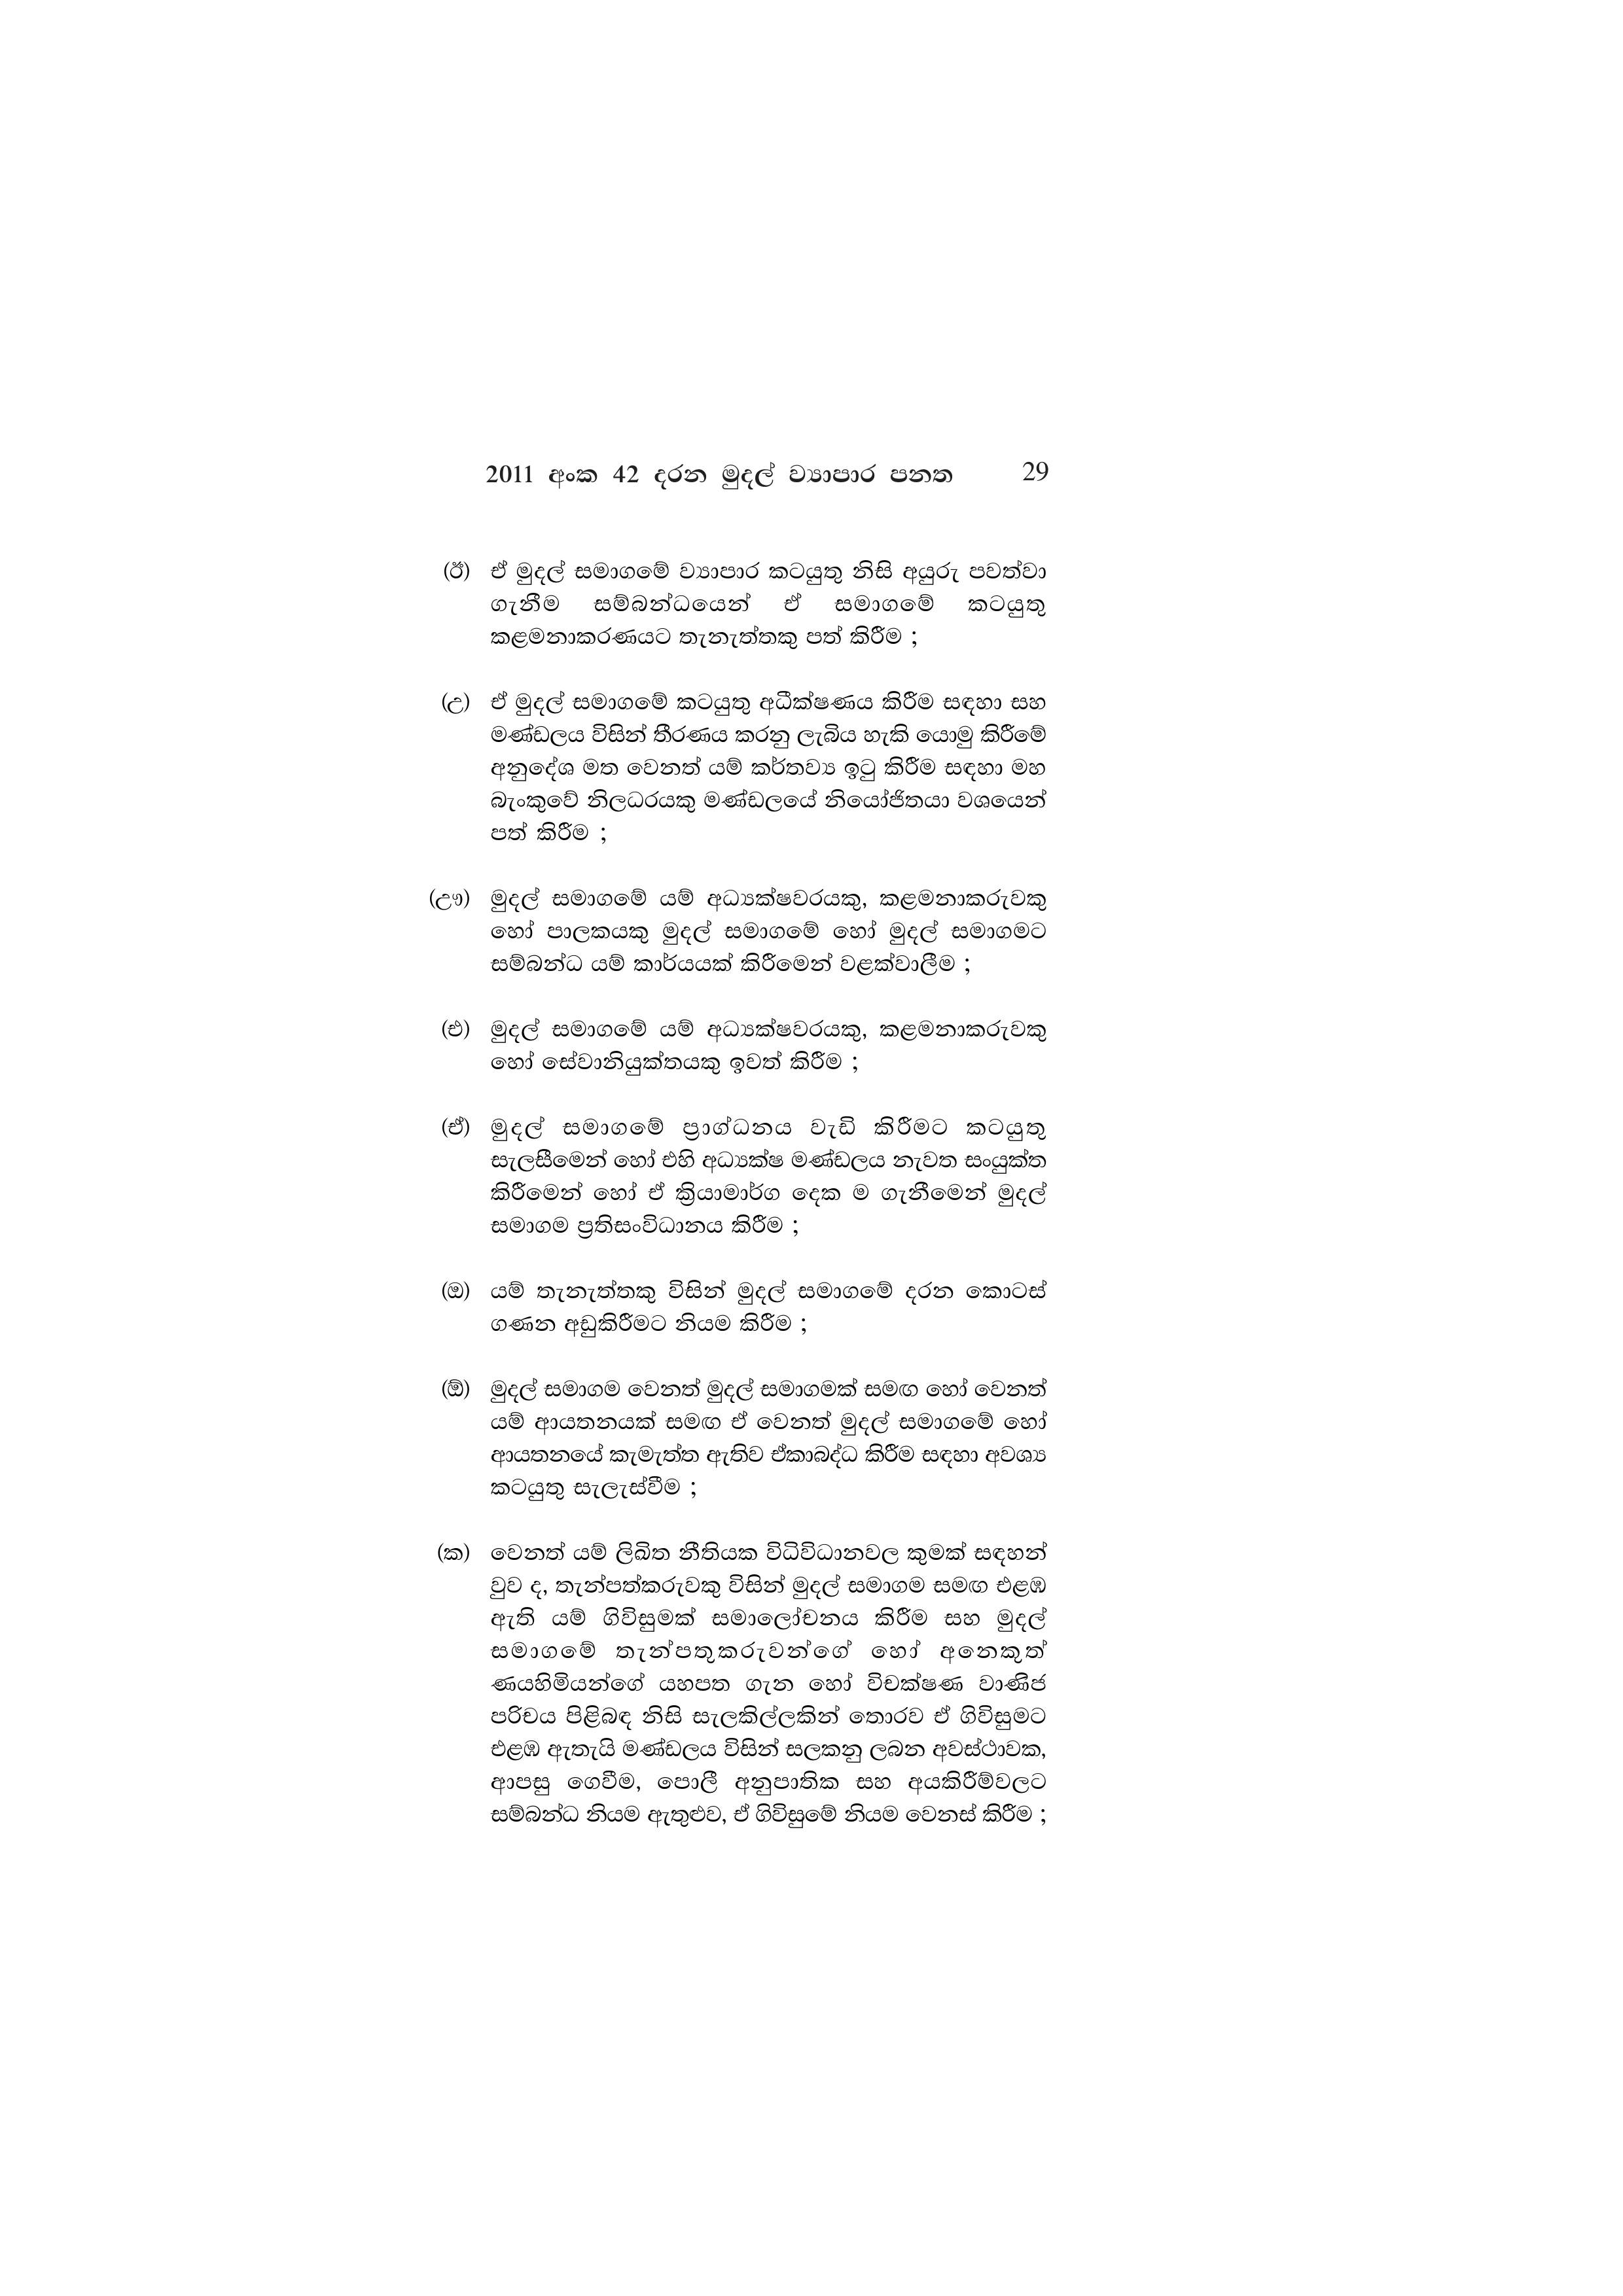
2011 අංක 42 දරන මුදල් ව්‍යාපාර පනත 29

(ඊ) ඒ මුදල් සමාගමේ ව්‍යාපාර කටයුතු නිසි අයුරු පවත්වා
ගැනීම සම්බන්ධයෙන් ඒ සමාගමේ කටයුතු
කළමනාකරණයට තැනැත්තකු පත් කිරීම ;

(උ) ඒ මුදල් සමාගමේ කටයුතු අධීක්ෂණය කිරීම සඳහා සහ
මණ්ඩලය විසින් තීරණය කරනු ලැබිය හැකි යොමු කිරීමේ
අනුදේශ මත වෙනත් යම් කර්තව්‍ය ඉටු කිරීම සඳහා මහ
බැංකුවේ නිලධරයකු මණ්ඩලයේ නියෝජිතයා වශයෙන්
පත් කිරීම ;

(ඌ) මුදල් සමාගමේ යම් අධ්‍යක්ෂවරයකු, කළමනාකරුවකු
හෝ පාලකයකු මුදල් සමාගමේ හෝ මුදල් සමාගමට
සම්බන්ධ යම් කාර්යයක් කිරීමෙන් වළක්වාලීම ;

(එ) මුදල් සමාගමේ යම් අධ්‍යක්ෂවරයකු, කළමනාකරුවකු
හෝ සේවානියුක්තයකු ඉවත් කිරීම ;

(ඒ) මුදල් සමාගමේ ප්‍රාග්ධනය වැඩි කිරීමට කටයුතු
සැලසීමෙන් හෝ එහි අධ්‍යක්ෂ මණ්ඩලය නැවත සංයුක්ත
කිරීමෙන් හෝ ඒ ක්‍රියාමාර්ග දෙක ම ගැනීමෙන් මුදල්
සමාගම ප්‍රතිසංවිධානය කිරීම ;

යම් තැනැත්තකු විසින් මුදල් සමාගමේ දරන කොටස්
ගණන අඩුකිරීමට නියම කිරීම ;

(ඕ) මුදල් සමාගම වෙනත් මුදල් සමාගමක් සමඟ හෝ වෙනත්
යම් ආයතනයක් සමඟ ඒ වෙනත් මුදල් සමාගමේ හෝ
ආයතනයේ කැමැත්ත ඇතිව ඒකාබද්ධ කිරීම සඳහා අවශ්‍ය
කටයුතු සැලැස්වීම ;

(ක) වෙනත් යම් ලිඛිත නීතියක විධිවිධානවල කුමක් සඳහන්
වුව ද, තැන්පත්කරුවකු විසින් මුදල් සමාගම සමඟ එළඹ
ඇති යම් ගිවිසුමක් සමාලෝචනය කිරීම සහ මුදල්
සමාගමේ තැන්පතුකරුවන්ගේ හෝ අනෙකූත්
ණයහිමියන්ගේ යහපත ගැන හෝ විචක්ෂණ වාණිජ
පරිචය පිළිබඳ නිසි සැලකිල්ලකින් තොරව ඒ ගිවිසුමට
එළඹ ඇතැයි මණ්ඩලය විසින් සලකනු ලබන අවස්ථාවක,
ආපසු ගෙවීම, පොලී අනුපාතික සහ අයකිරීම්වලට
සම්බන්ධ නියම ඇතුළුව, ඒ ගිවිසුමේ නියම වෙනස් කිරීම ;